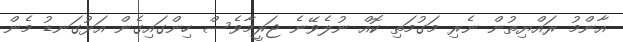
އާންމު ރައްޔިތުން ނެރި މަގުމަތި ކޮއް ނުލެވޭނެ ޖަރީމާވެސް ހިންގައިގެން އަޅުގަނޑު މެން